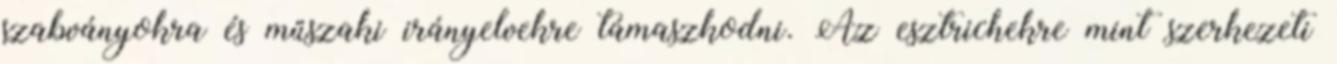
szabványokra és műszaki irányelvekre támaszkodni. Az esztrichekre mint szerkezeti